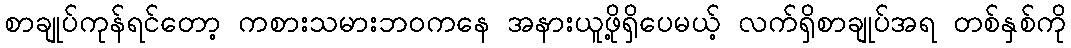
စာချုပ်ကုန်ရင်တော့ ကစားသမားဘဝကနေ အနားယူဖို့ရှိပေမယ့် လက်ရှိစာချုပ်အရ တစ်နှစ်ကို